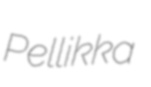
Pellikka